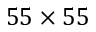
5 5 \times 5 5